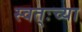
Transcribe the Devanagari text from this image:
स्वत्ःच्या